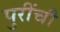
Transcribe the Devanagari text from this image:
पुरींची